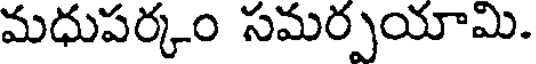
మధుపర్కం సమర్పయామి.